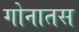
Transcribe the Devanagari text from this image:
गोनातस